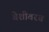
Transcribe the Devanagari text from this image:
वेशीवरच